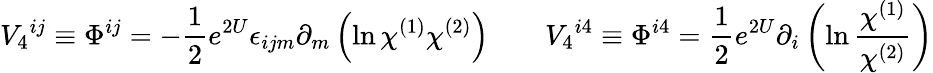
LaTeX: V_{4}{}^{ij}\equiv\Phi^{ij}=-{\frac{1}{2}}e^{2U}\epsilon_{ijm}\partial_{m}\left(\ln\chi^{(1)}\chi^{(2)}\right)\qquad V_{4}{}^{i4}\equiv\Phi^{i4}={\frac{1}{2}}e^{2U}\partial_{i}\left(\ln{\frac{\chi^{(1)}}{\chi^{(2)}}}\right)